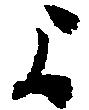
よ